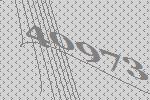
40973